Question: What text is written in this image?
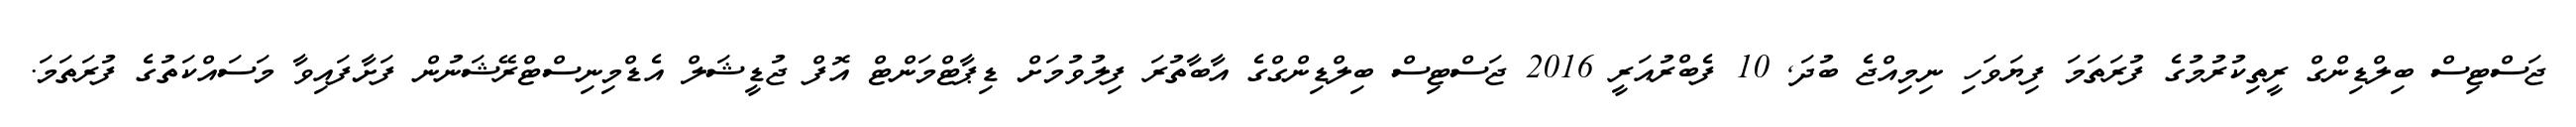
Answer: ޖަސްޓިސް ބިލްޑިންގް ރީތިކުރުމުގެ ފުރަތަމަ ފިޔަވަހި ނިމިއްޖެ ބުދަ, 10 ފެބްރުއަރީ 2016 ޖަސްޓިސް ބިލްޑިންގްގެ އާބާތުރަ ފިލުވުމަށް ޑިޕާޓްމަންޓް އޮފް ޖުޑީޝަލް އެޑްމިނިސްޓްރޭޝަނުން ފަށާފައިވާ މަސައްކަތުގެ ފުރަތަމަ.